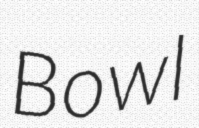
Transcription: Bowl